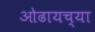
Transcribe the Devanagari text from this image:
ओढायच्या